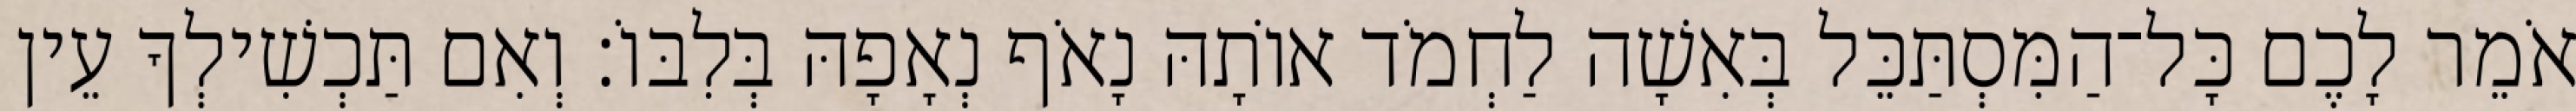
אֹמֵר לָכֶם כָּל־הַמִּסְתַּכֵּל בְּאִשָׁה לַחְמֹד אוֹתָהּ נָאֹף נְאָפָהּ בְּלִבּוֹ׃ וְאִם תַּכְשִׁילְךָ עֵין